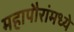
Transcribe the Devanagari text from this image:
महापौरांमध्ये